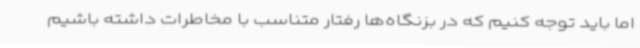
اما باید توجه کنیم که در بزنگاه‌ها رفتار متناسب با مخاطرات داشته باشیم